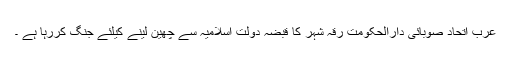
عرب اتحاد صوبائی دارالحکومت رقہ شہر کا قبضہ دولت اسلامیہ سے چھین لینے کیلئے جنگ کررہا ہے ۔